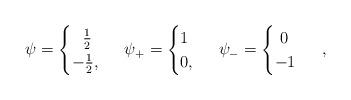
LaTeX: \begin{align*}\psi=\begin{cases} \ \ \frac 1 2\\ -\frac 1 2,\end{cases} \ \psi_{+}=\begin{cases} 1\\ 0,\end{cases} \ \psi_{-}=\begin{cases} \ 0\\ -1\end{cases}\ ,\end{align*}